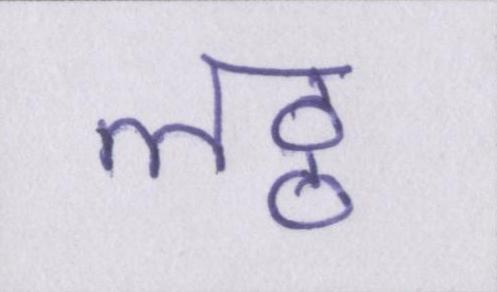
लठ्ठ